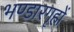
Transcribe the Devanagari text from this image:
भण्डारगृहों